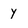
Character: y